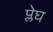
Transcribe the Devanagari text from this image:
प्लेघ